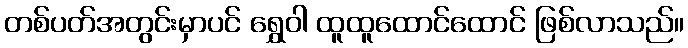
တစ်ပတ်အတွင်းမှာပင် ရွှေဝါ ထူထူထောင်ထောင် ဖြစ်လာသည်။